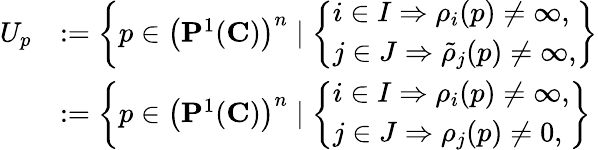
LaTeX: \begin{array}{rl}{U_{p}}&{:=\left\{ p\in\left({\mathbf{P}}^{1}({\mathbf C})\right)^{n}\mid\left\{ \begin{array}{ll}{i\in I\Rightarrow\rho_{i}(p)\neq\infty,}\\ {j\in J\Rightarrow\tilde{\rho}_{j}(p)\neq\infty,}\end{array}\right.\right\} }\\ &{:=\left\{ p\in\left({\mathbf{P}}^{1}({\mathbf C})\right)^{n}\mid\left\{ \begin{array}{ll}{i\in I\Rightarrow\rho_{i}(p)\neq\infty,}\\ {j\in J\Rightarrow\rho_{j}(p)\neq 0,}\end{array}\right.\right\} }\end{array}